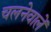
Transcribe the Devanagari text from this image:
चलनेवालें